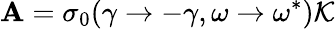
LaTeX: \mathbf{A}=\sigma_{0}(\gamma\rightarrow-\gamma,\omega\rightarrow\omega^{*})\mathcal{{K}}